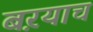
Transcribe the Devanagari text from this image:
बऱयाच